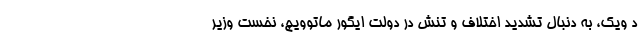
د ویک، به دنبال تشدید اختلاف و تنش در دولت ایگور ماتوویچ، نخست وزیر